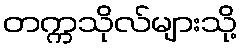
တက္ကသိုလ်များသို့